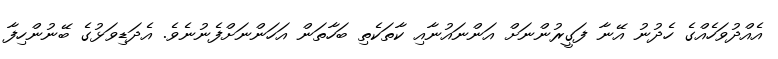
އެއްދުވަހެއްގެ ހެދުނު އޭނާ ފަގީރުންނަށް އަންނައުނާއި ކާތަކެތި ބަހާތަން އަހަންނަށްފެނުނެވެ. އެދަޑިވަަޅުގެ ބޭނުންހިފާ